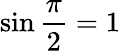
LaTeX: \sin{\frac{\pi}{2}}=1